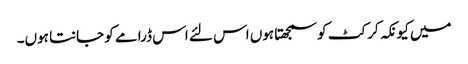
میں کیونکہ کرکٹ کو سمجھتا ہوں اس لئے اس ڈرامے کو جانتا ہوں۔